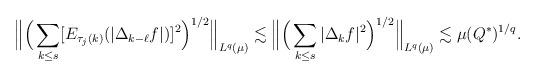
LaTeX: \begin{align*}\Big\| \Big(\sum_{k \le s} [E_{\tau_j(k)}(|\Delta_{k-\ell} f|)]^2 \Big)^{1/2}\Big\|_{L^q(\mu)}&\lesssim \Big\| \Big(\sum_{k \le s} |\Delta_k f|^2 \Big)^{1/2}\Big\|_{L^q(\mu)} \lesssim \mu(Q^*)^{1/q}.\end{align*}